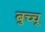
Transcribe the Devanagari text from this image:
बुच्चू